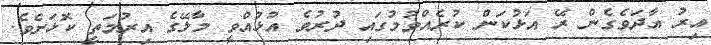
އިރު އާދަވެގެން ރޭ އަޅުކަން ކުރެއްވުމުގައި ދުރުވެ އުޅުއްވީ މާލޭގެ އިރުމަތީ ކޮޅަށެވެ.